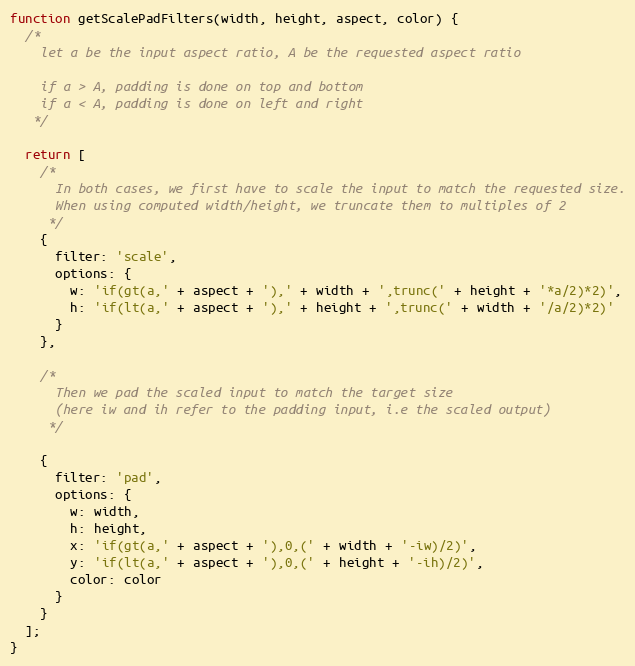
Language: JavaScript
function getScalePadFilters(width, height, aspect, color) {
  /*
    let a be the input aspect ratio, A be the requested aspect ratio

    if a > A, padding is done on top and bottom
    if a < A, padding is done on left and right
   */

  return [
    /*
      In both cases, we first have to scale the input to match the requested size.
      When using computed width/height, we truncate them to multiples of 2
     */
    {
      filter: 'scale',
      options: {
        w: 'if(gt(a,' + aspect + '),' + width + ',trunc(' + height + '*a/2)*2)',
        h: 'if(lt(a,' + aspect + '),' + height + ',trunc(' + width + '/a/2)*2)'
      }
    },

    /*
      Then we pad the scaled input to match the target size
      (here iw and ih refer to the padding input, i.e the scaled output)
     */

    {
      filter: 'pad',
      options: {
        w: width,
        h: height,
        x: 'if(gt(a,' + aspect + '),0,(' + width + '-iw)/2)',
        y: 'if(lt(a,' + aspect + '),0,(' + height + '-ih)/2)',
        color: color
      }
    }
  ];
}